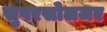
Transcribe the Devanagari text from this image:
सुपरसोलजर